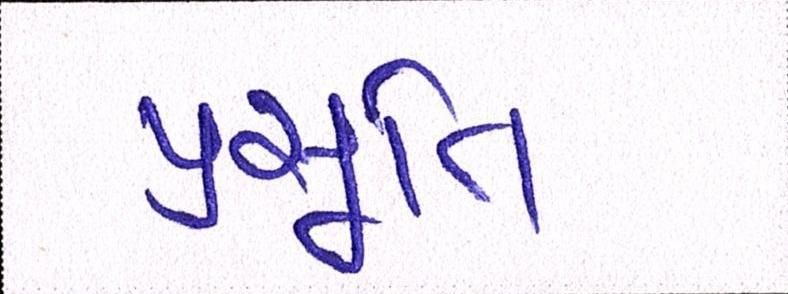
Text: પ્રસૂતિ